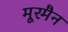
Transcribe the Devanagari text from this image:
मूरमैन